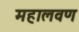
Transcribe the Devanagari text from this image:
महालवण